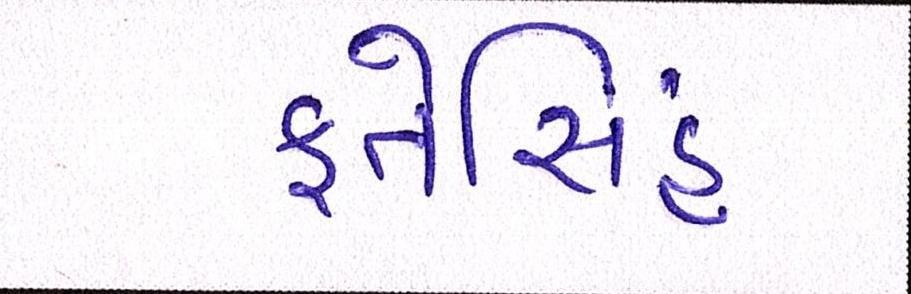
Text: ફતેસિંહ